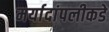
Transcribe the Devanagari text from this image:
मर्यादांपलीकडे